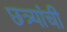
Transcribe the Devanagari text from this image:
छत्र्यांची